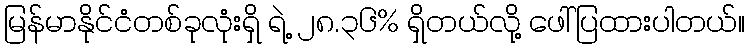
မြန်မာနိုင်ငံတစ်ခုလုံးရှိ ရဲ့ ၂၈.၃၆% ရှိတယ်လို့ ဖေါ်ပြထားပါတယ်။